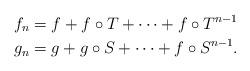
LaTeX: \begin{align*} f_n &= f + f \circ T + \dotsb + f \circ T^{n-1} \\ g_n &= g + g \circ S + \dotsb + f \circ S^{n-1}. \end{align*}